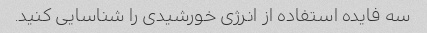
سه فایده استفاده از انرژی خورشیدی را شناسایی کنید.